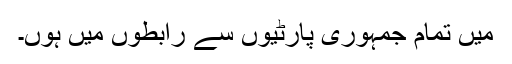
میں تمام جمہوری پارٹیوں سے رابطوں میں ہوں۔